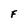
Character: F